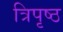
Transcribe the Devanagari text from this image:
त्रिपृष्ठ